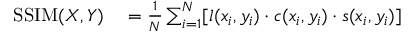
\begin{array} { r l } { \mathrm { S S I M } ( X , Y ) } & { { } = \frac { 1 } { N } \sum _ { i = 1 } ^ { N } [ l ( x _ { i } , y _ { i } ) \cdot c ( x _ { i } , y _ { i } ) \cdot s ( x _ { i } , y _ { i } ) ] } \end{array}